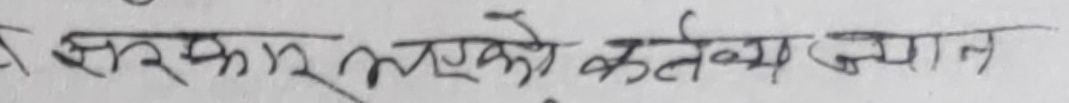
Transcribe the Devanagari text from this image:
सरकार प्रमुखको कर्तब्य ज्यान